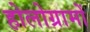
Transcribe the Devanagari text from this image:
होलोग्रामों